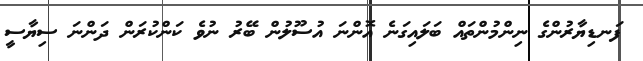
ފަނޑިޔާރުންގެ ނިންމުންތައް ބަލައިގަނެ އޮންނަ އުސޫލުން ބޭރު ނުވެ ކަންކުރަން ދަންނަ ސިޔާސީ